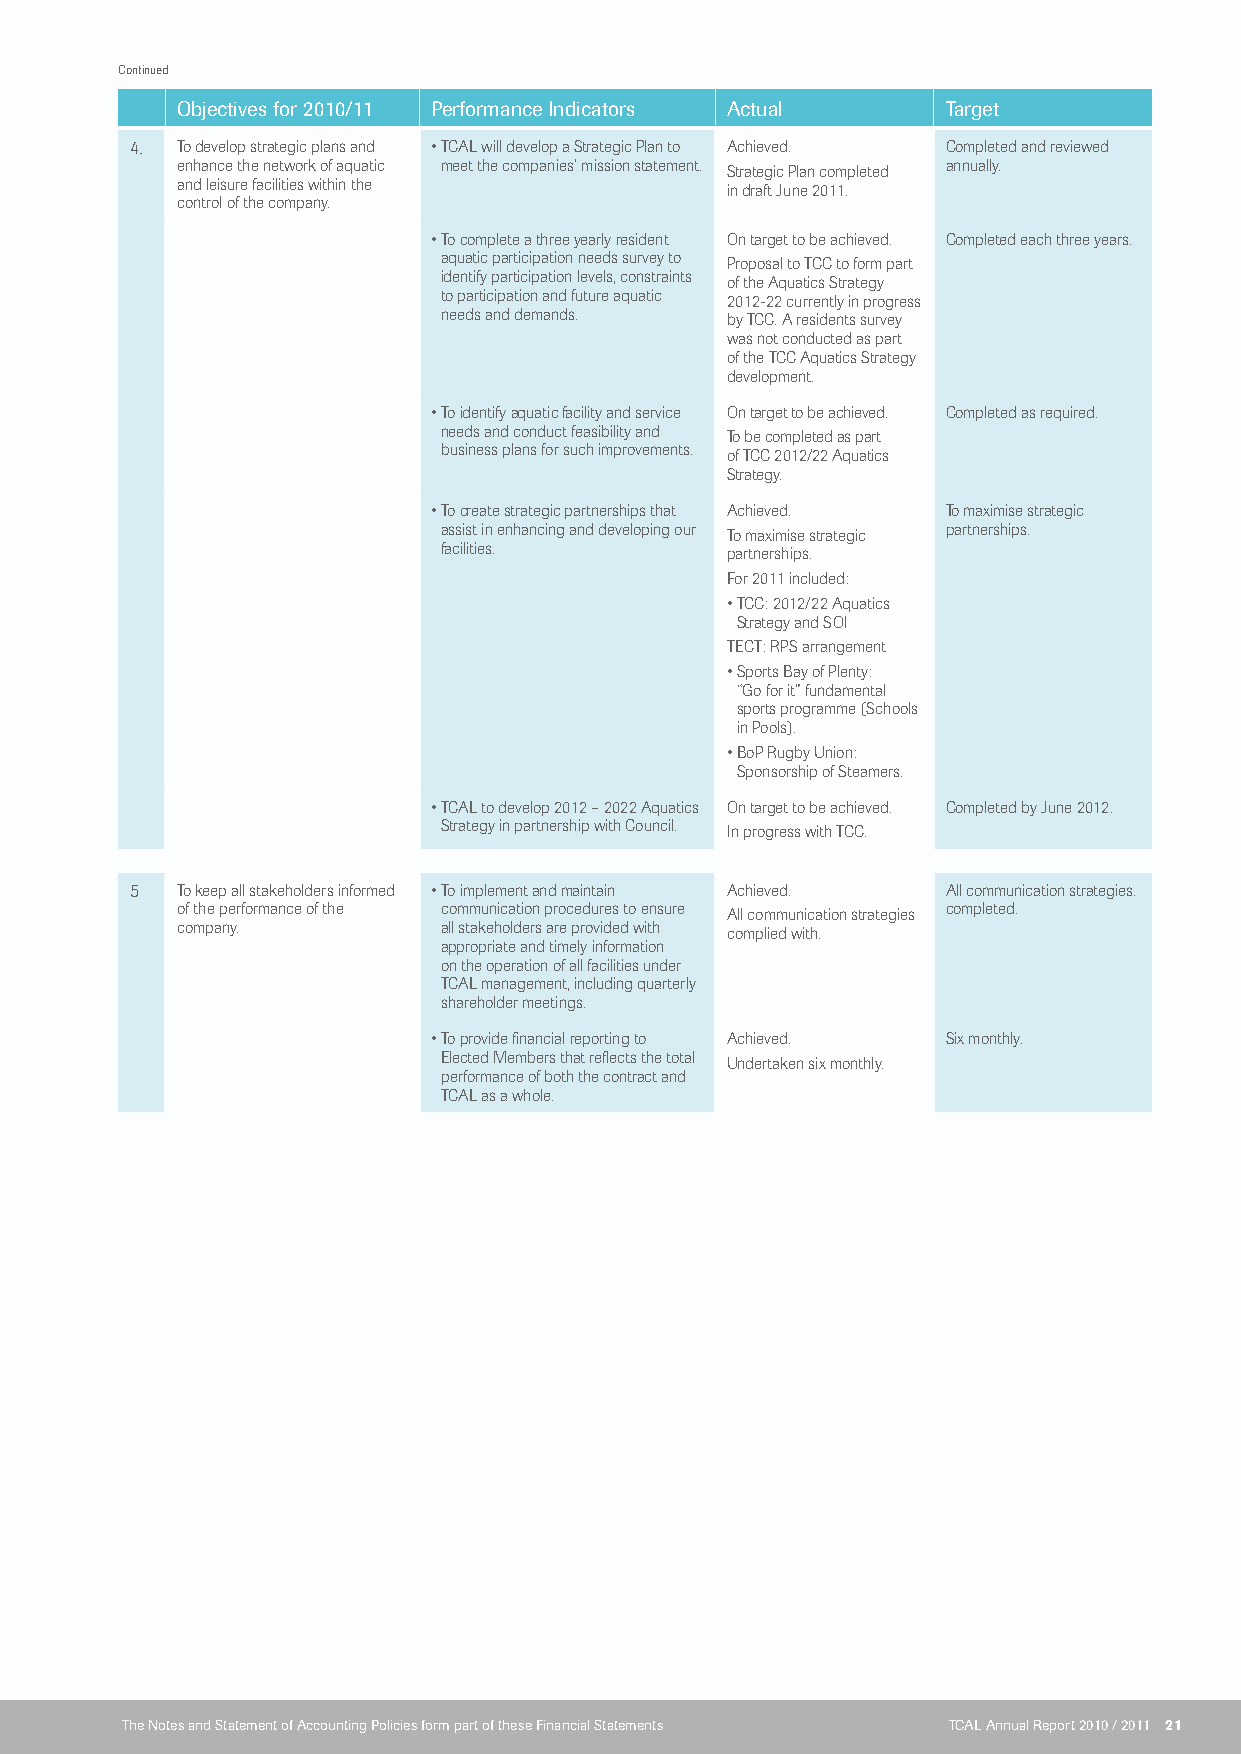
Continued
 Objectives for 2010/11 Performance indicators Actual Target
 4. To develop strategic plans and • TCAL will develop a Strategic Plan to Achieved. Completed and reviewed
 enhance the network of aquatic meet the companies’ mission statement. Strategic Plan completed annually.
 and leisure facilities within the   in draft June 2011.
 control of the company.
 • To complete a three yearly resident On target to be achieved. Completed each three years.
 aquatic participation needs survey to Proposal to TCC to form part
 identify participation levels, constraints of the Aquatics Strategy
 to participation and future aquatic 2012-22 currently in progress
 needs and demands. by TCC. A residents survey
 was not conducted as part
 of the TCC Aquatics Strategy
 development.
 • To identify aquatic facility and service On target to be achieved. Completed as required.
 needs and conduct feasibility and To be completed as part
 business plans for such improvements. of TCC 2012/22 Aquatics
 Strategy.
 • To create strategic partnerships that Achieved. To maximise strategic
 assist in enhancing and developing our To maximise strategic partnerships.
 facilities.        partnerships.
 For 2011 included:
 • TCC: 2012/22 Aquatics
 Strategy and SOI
 TECT: RPS arrangement
 • Sports Bay of Plenty:
 “Go for it” fundamental
 sports programme (Schools
 in Pools).
 • BoP Rugby Union:
 Sponsorship of Steamers.
 • TCAL to develop 2012 – 2022 Aquatics On target to be achieved. Completed by June 2012.
 Strategy in partnership with Council. In progress with TCC.
 5  To keep all stakeholders informed • To implement and maintain Achieved. All communication strategies.
 of the performance of the communication procedures to ensure All communication strategies completed.
 company.         all stakeholders are provided with complied with.
 appropriate and timely information
 on the operation of all facilities under
 TCAL management, including quarterly
 shareholder meetings.
 • To provide financial reporting to Achieved. Six monthly.
 Elected Members that reflects the total Undertaken six monthly.
 performance of both the contract and
 TCAL as a whole.
 The Notes and Statement of Accounting Policies form part of these Financial Statements TCAL Annual Report 2010 / 2011 21